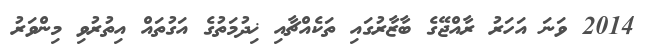
2014 ވަނަ އަހަރު ރާއްޖޭގެ ބާޒާރުގައި ތަކެއްޗާއި ޚިދުމަތުގެ އަގުތައް އިތުރުވި މިންވަރު